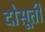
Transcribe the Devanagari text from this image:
दोसूती